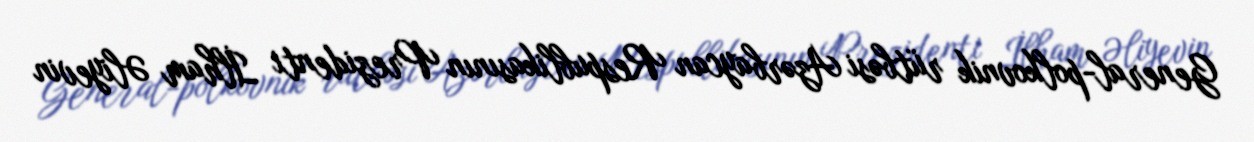
General-polkovnik rütbəsi Azərbaycan Respublikasının Prezidenti İlham Əliyevin